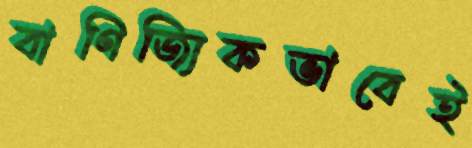
বাণিজ্যিকভাবেই